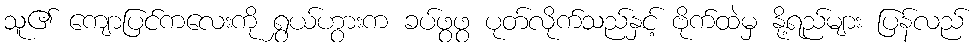
သူ၏ ကျောပြင်ကလေးကို ရွှယ်ဟွားက ခပ်ဖွဖွ ပုတ်လိုက်သည်နှင့် ဗိုက်ထဲမှ နို့ရည်များ ပြန်လည်